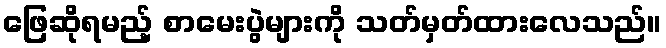
ဖြေဆိုရမည့် စာမေးပွဲများကို သတ်မှတ်ထားလေသည်။